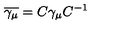
\overline { { \gamma _ { \mu } } } = C \gamma _ { \mu } C ^ { - 1 }